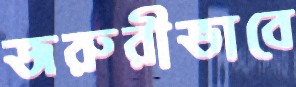
জরুরীভাবে